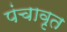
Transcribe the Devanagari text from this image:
पंचावृत